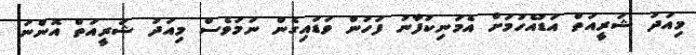
މިއަދު ޝަރީއަތް އަޑުއެހުމަށް އެމަނިކުފާނު ފަހުން ވަޑައިގެން ނަމަވެސް މިއަދު ޝަރީއަތް އޮންނަ